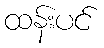
ထန်းပင်